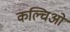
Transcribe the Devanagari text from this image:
कल्चिओ